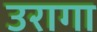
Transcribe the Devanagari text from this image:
उरागा